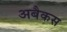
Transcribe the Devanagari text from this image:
अबैकस